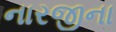
નારજીના